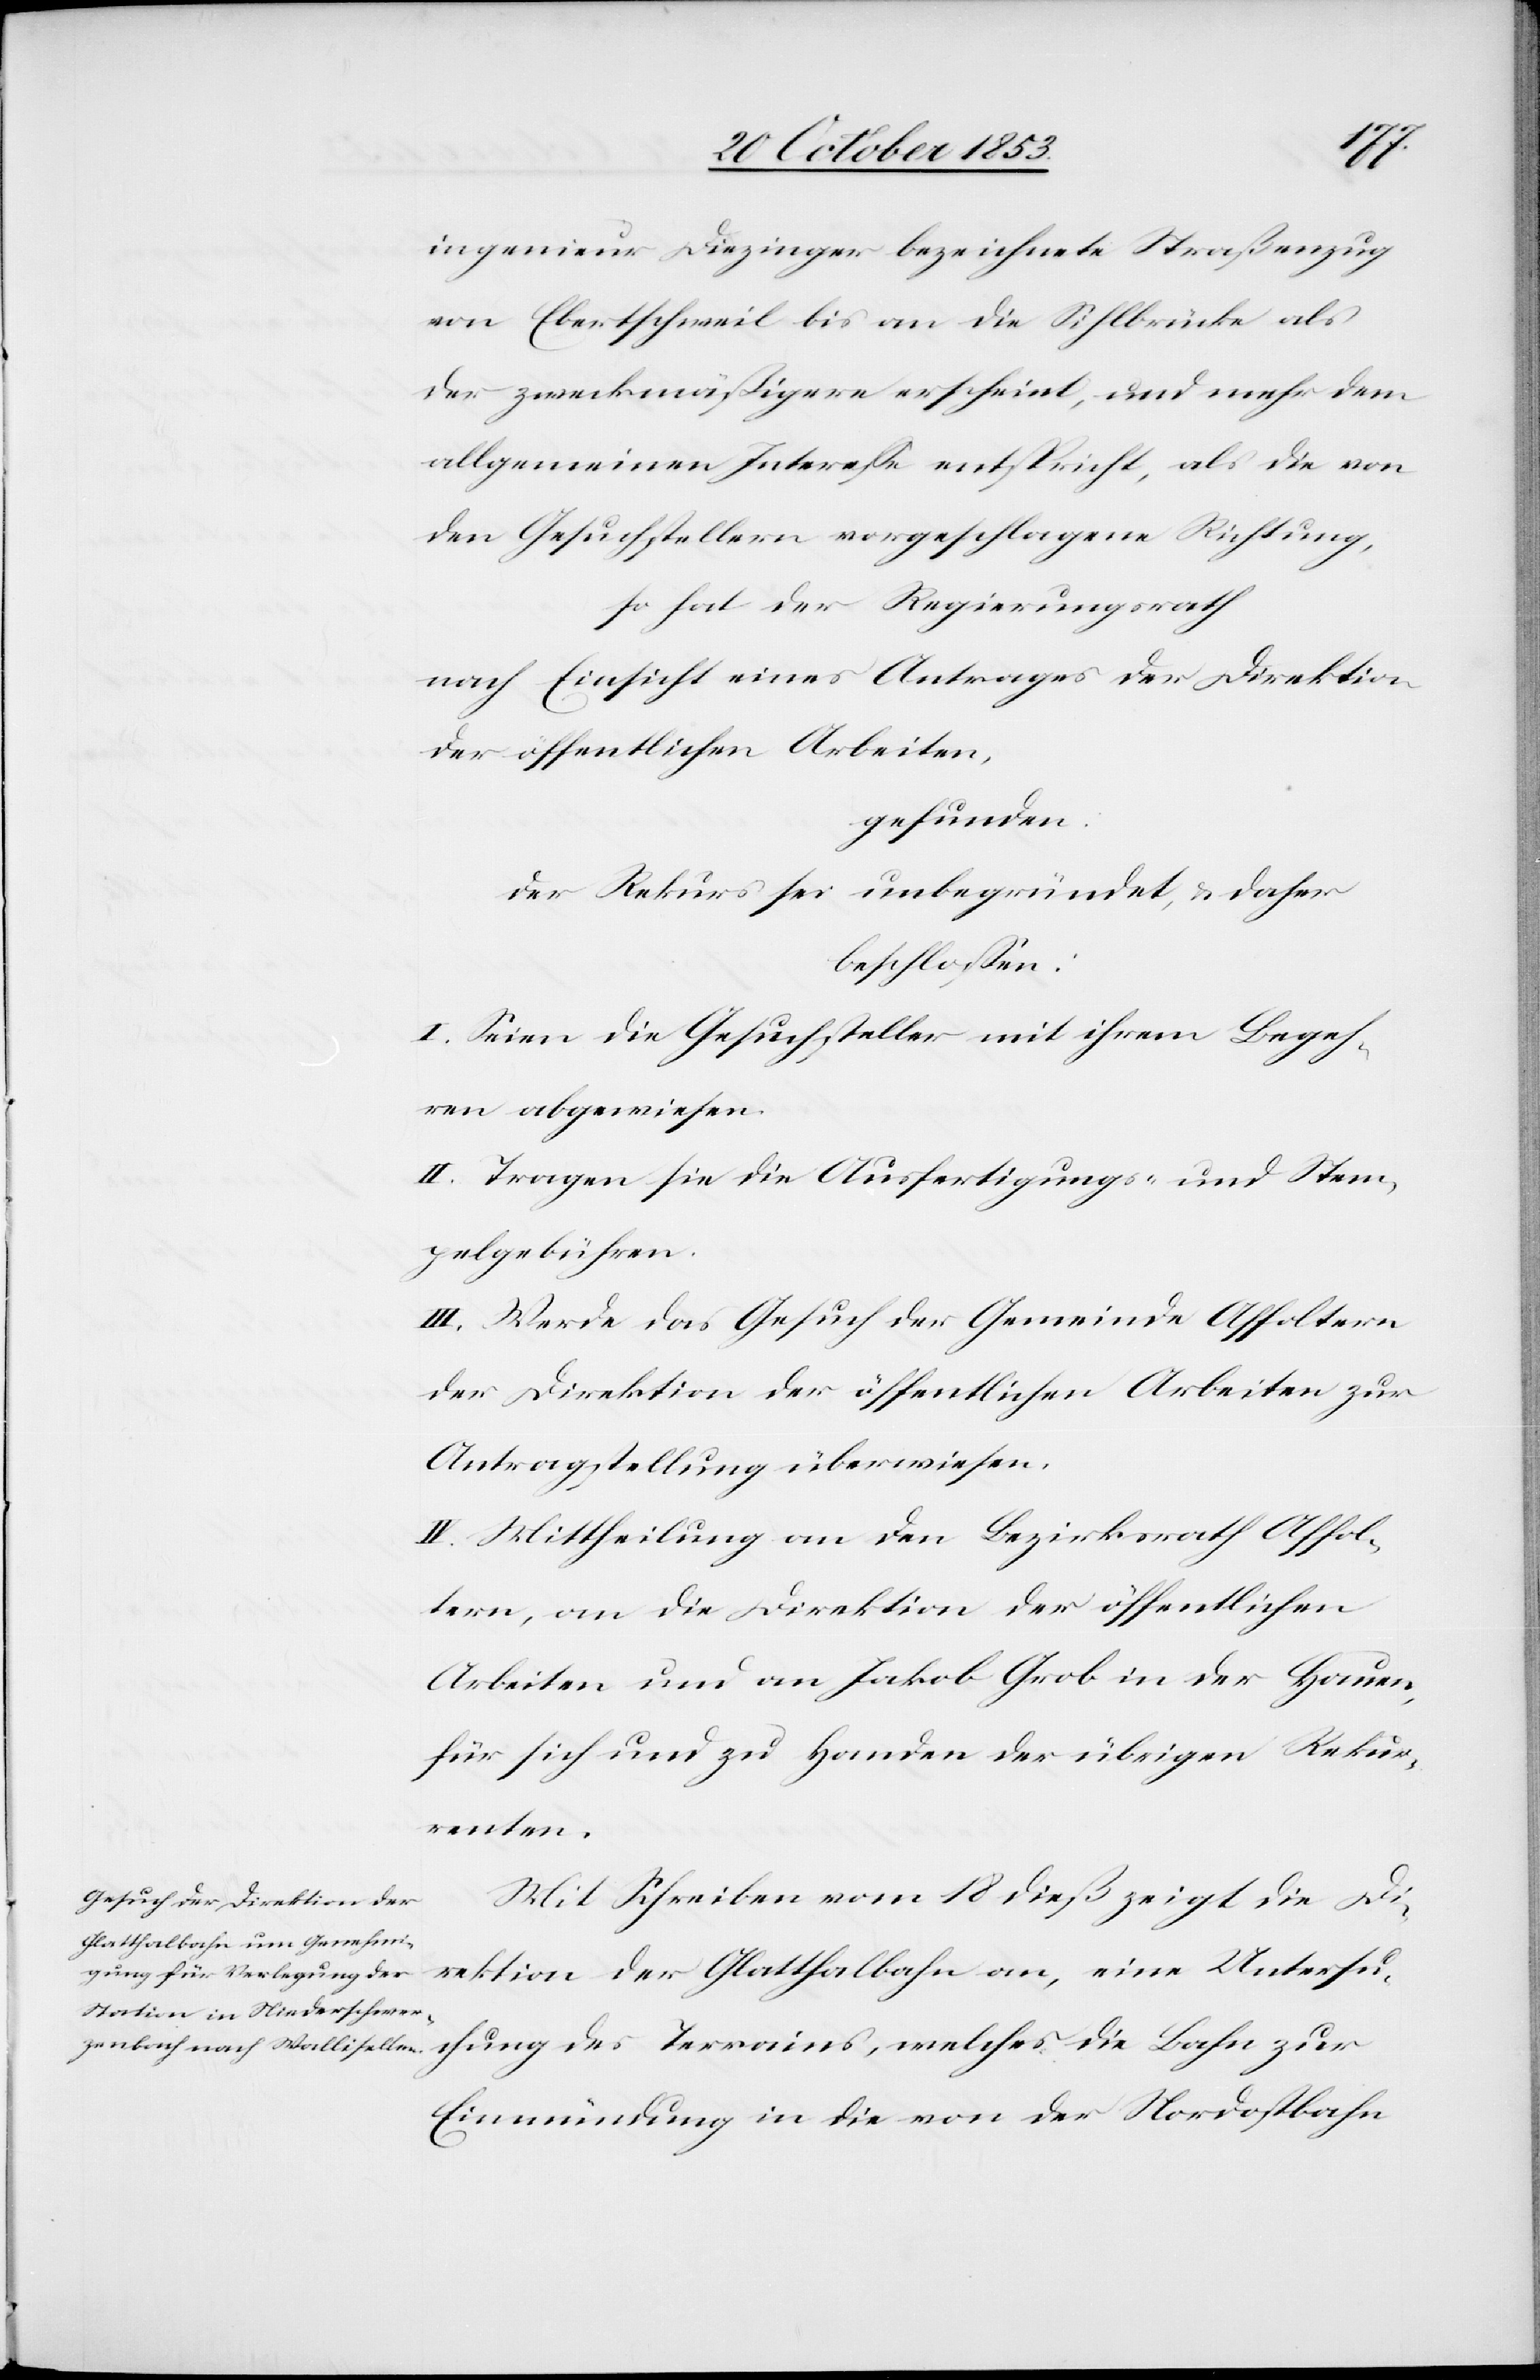
ingenieur Diezinger bezeichnete Straßenzug
von Ebertschweil bis an die Sihlbrücke als
der zweckmäßigere erscheint, und mehr dem
allgemeinen Intereße entspricht, als die von
den Gesuchstellern vorgeschlagene Richtung,
so hat der Regierungsrath
nach Einsicht eines Antrages der Direktion
der öffentlichen Arbeiten,
gefunden:
der Rekurs sei unbegründet, u. daher
beschloßen:
I. Seien die Gesuchsteller mit ihrem Begeh¬
ren abgewiesen.
II. Tragen sie die Ausfertigungs- u. Stem¬
pelgebühren.
III. Werde das Gesuch der Gemeinde Affoltern
der Direktion der öffentlichen Arbeiten zur
Antragstellung überwiesen.
IV. Mittheilung an den Bezirksrath Affol¬
tern, an die Direktion der öffentlichen
Arbeiten und an Jakob Grob in der Hauen,
für sich und zu Handen der übrigen Rekur¬
renten.
Mit Schreiben vom 18 dieß zeigt die Di¬
rektion der Glatthalbahn an, eine Untersu¬
chung des Terrains, welches die Bahn zur
Einmündung in die von der Nordostbahn